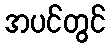
အပင်တွင်